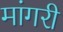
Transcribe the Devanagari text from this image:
मांगरी